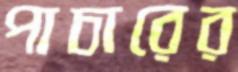
পাচারের